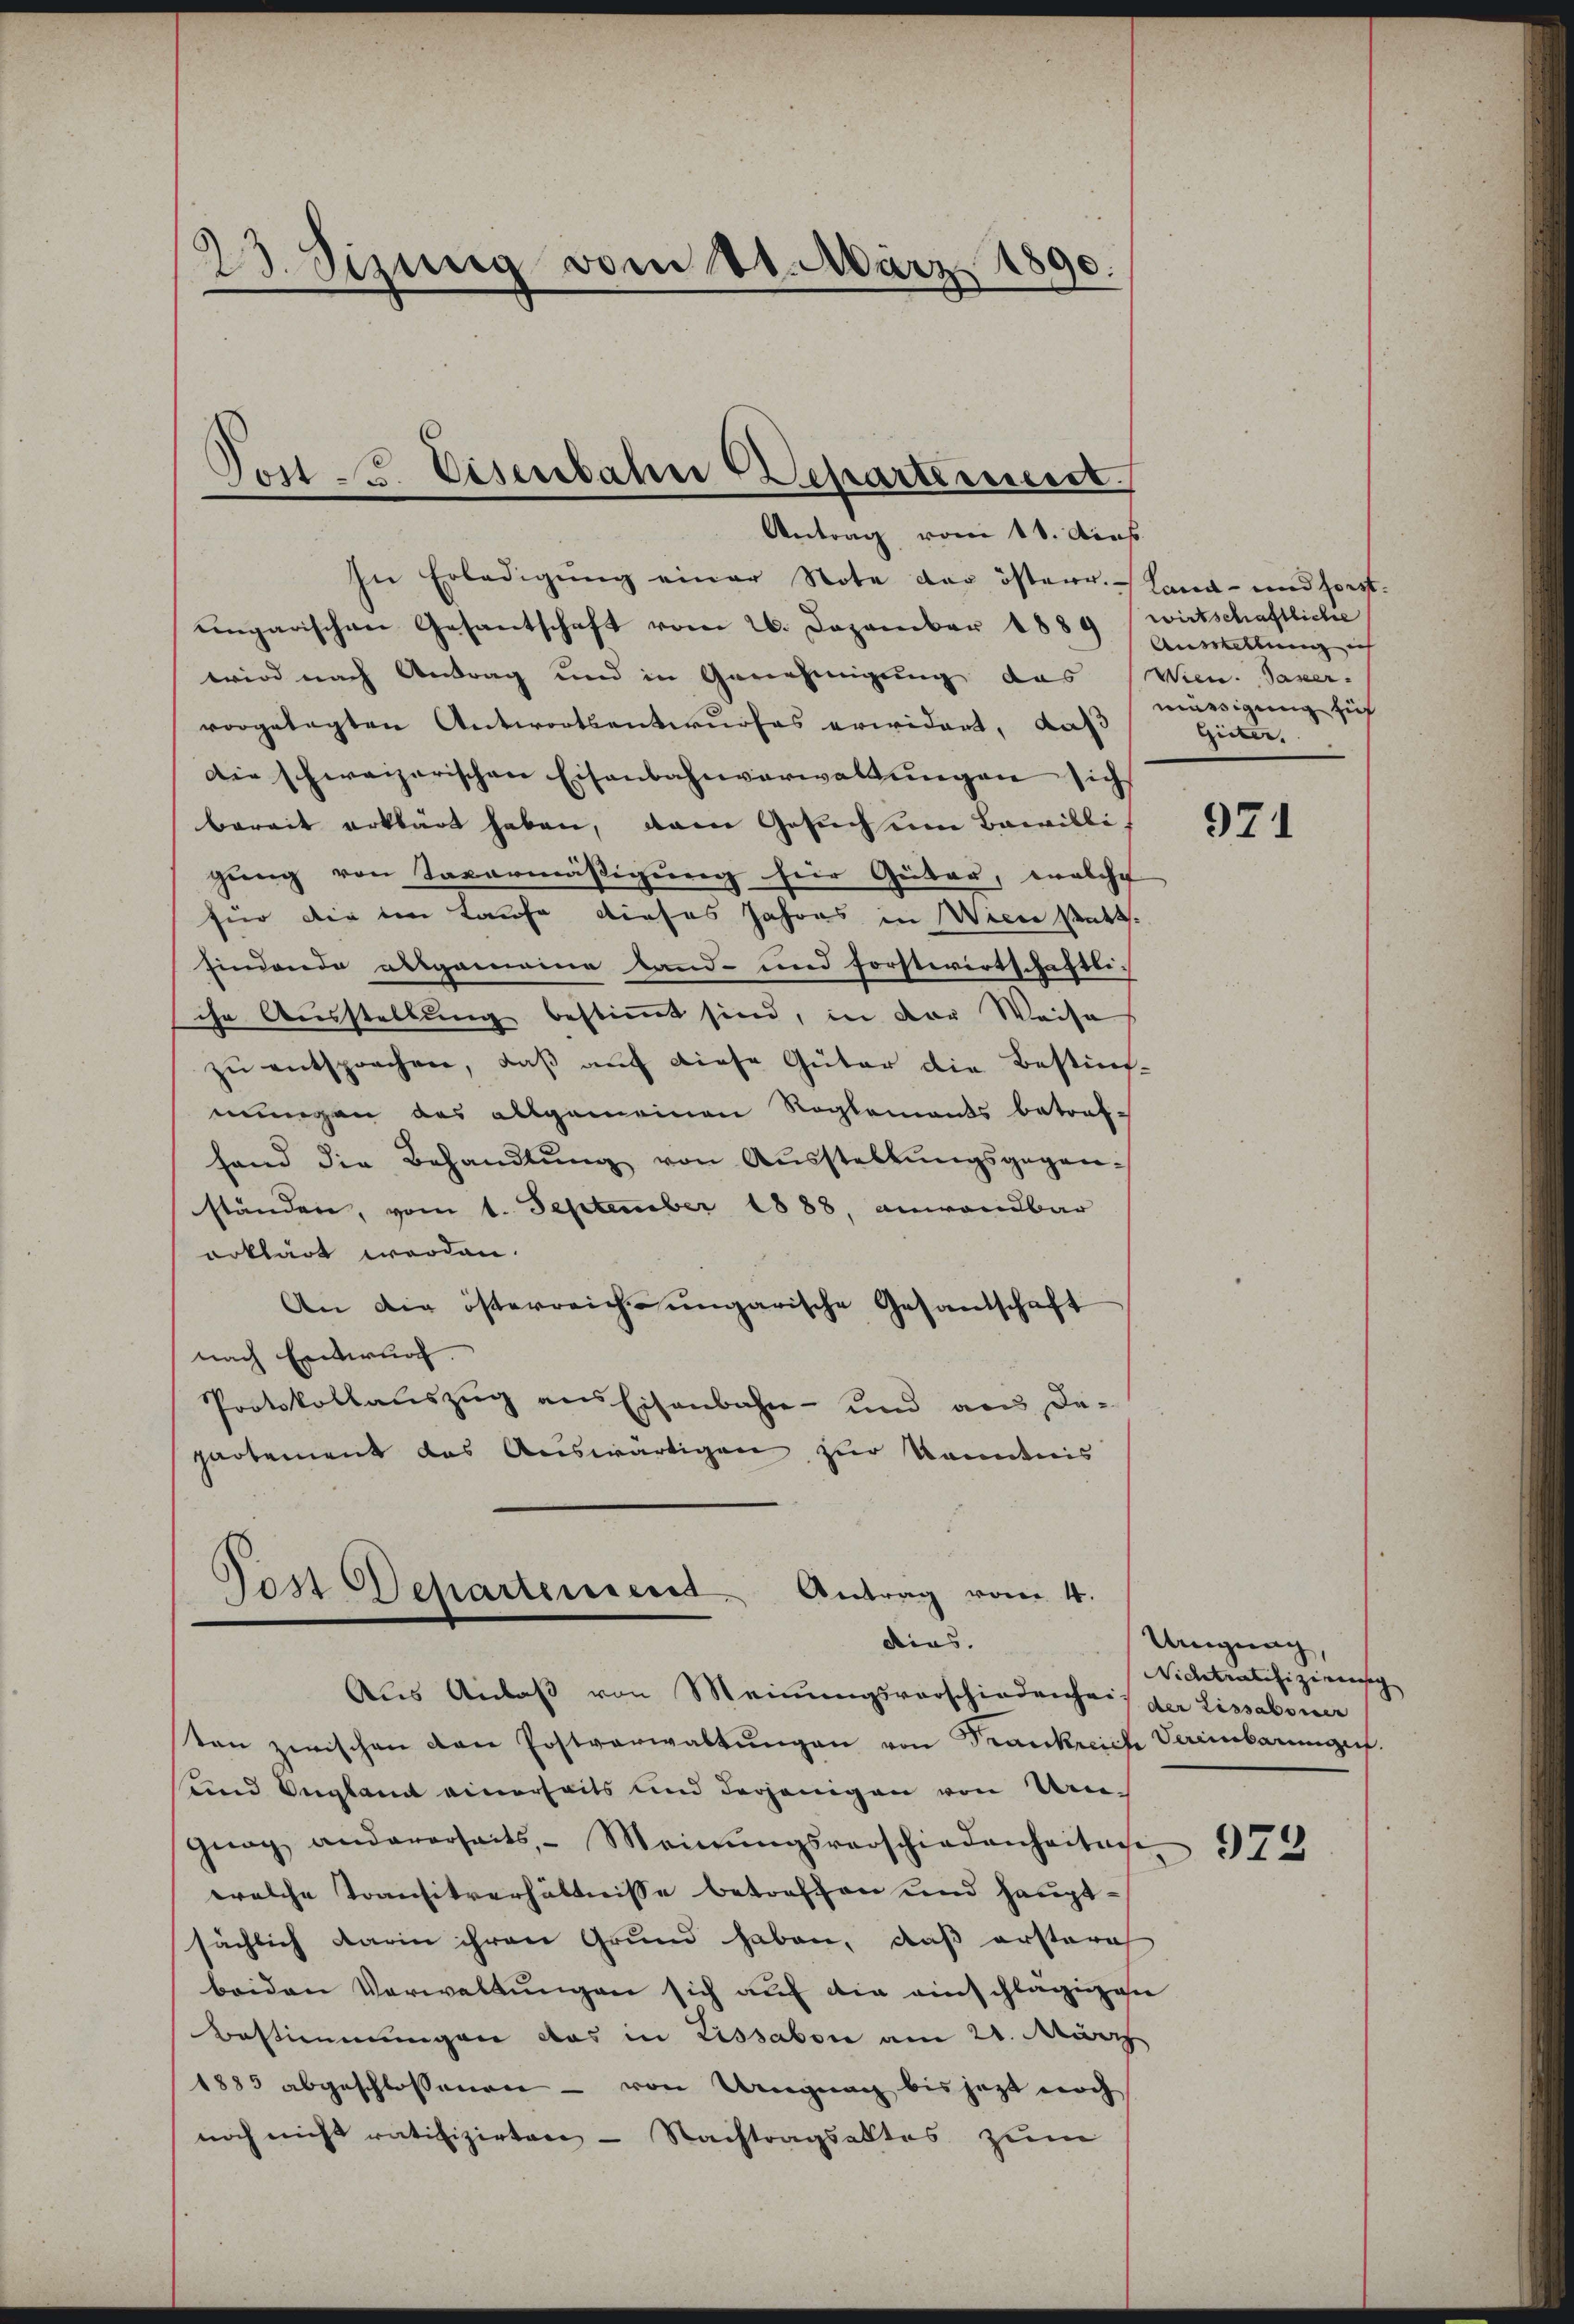
23. Sizung vom 21. März 1890.

In Erledigŭng einer Note der österr. Land- und sonst
ungarischen Gesantschaft vom 26. Dezember 1889 Ausstellung e
wird nach Antrag und in Genehmigung das (Wien. Saxer.
vorgelegten Antwortsentwurfes erwidert, daß
Die schweizerischen Eisenbahnverwaltungen sich
bereit erklärt haben, dann Gesuch eine Bewilligung von Tavermäßigung für Güter, welche
für die im Laufe dieses Jahres in Wien statt
findende ausgemeine Land- und Forstwirtschaftli-
che Ausstellung bestimmt sind, in der Weise
zŭ entsprechen, daß auf diese Güter die Bestim-
mungen des allgemeinen Reglements betraf-
fand die Behandlŭng von Ausstellungsgegen-
ständen, vom 1. September 1888. anwendbar
erklärt werden.
An die österreiche ungarische Gesandschaft
nach Entwurf.
Protokollauszug aus Eisenbahn- und aus de-
partement das Auswärtigen zur Kenntnis

Post u. Eisenbahn Departement
Antrag vom 11. dies

Post Departement. Antrag vom 4.
dias.

wirtschaftliche
mässigung sich
Gider.

Aus Anlaβ von Meinŭngsvorschiedenheit der Lissaboner
ten zwischen von Postverwaltŭngen von Frankreiche Vereinbarungen.
und Verglamt einerseits und derjenigen von Kan¬
Grag andererseits, Meinŭngsverschiedenheiten 374
welche Transitverhältnisse betreffen und haupt-
sächlich darin ihren Grund haben, daß ersteris
beiden Verwaltŭngen sich auf die einschlägigen
Bestimmungen das in Lissabon am 21. März
1885 abgeschlossenen – von Ungung bis jetzt noch
noch nicht ratifizirten - Nachtragsaltes zum

971

Unigung,
Nichtratifizieresig